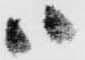
ハ